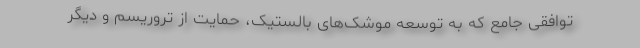
توافقی جامع که به توسعه موشک‌های بالستیک، حمایت از تروریسم و دیگر